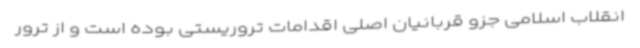
انقلاب اسلامی جزو قربانیان اصلی اقدامات تروریستی بوده است و از ترور